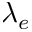
\lambda _ { e }